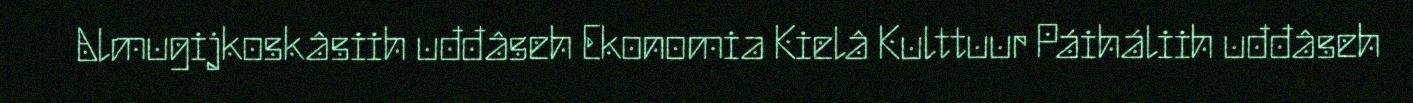
Almugijkoskâsiih uđđâseh Ekonomia Kielâ Kulttuur Páiháliih uđđâseh